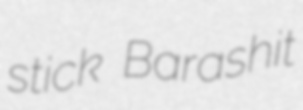
stick Barashit